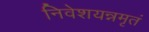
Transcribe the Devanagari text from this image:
निवेशयन्नमृतं